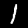
Digit: 1